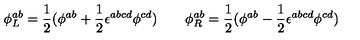
\phi _ { L } ^ { a b } = \frac 1 2 ( \phi ^ { a b } + \frac 1 2 \epsilon ^ { a b c d } \phi ^ { c d } ) \quad \quad \phi _ { R } ^ { a b } = \frac 1 2 ( \phi ^ { a b } - \frac 1 2 \epsilon ^ { a b c d } \phi ^ { c d } )